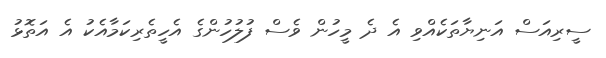
ސީރިއަސް އަނިޔާތަކެއްވި އެ ދެ މީހުން ވެސް ފުލުހުންގެ އެހީތެރިކަމާއެކު އެ އަތޮޅު